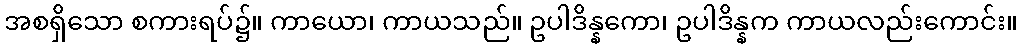
အစရှိသော စကားရပ်၌။ ကာယော၊ ကာယသည်။ ဥပါဒိန္နကော၊ ဥပါဒိန္နက ကာယလည်းကောင်း။